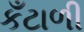
કઁટાળી